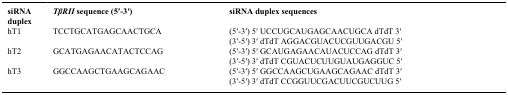
<table><thead><tr><td><b>siRNA duplex</b></td><td><b><i>TβRII</i> sequence (5′-3′)</b></td><td><b>siRNA duplex sequences</b></td></tr></thead><tbody><tr><td>hT1</td><td>TCCTGCATGAGCAACTGCA</td><td>(5′-3′) 5′ UCCUGCAUGAGCAACUGCA dTdT 3′</td></tr><tr><td> </td><td> </td><td>(3′-5′) 3′ dTdT AGGACGUACUCGUUGACGU 5′</td></tr><tr><td>hT2</td><td>GCATGAGAACATACTCCAG</td><td>(5′-3′) 5′ GCAUGAGAACAUACUCCAG dTdT 3′</td></tr><tr><td> </td><td> </td><td>(3′-5′) 3′ dTdT CGUACUCUUGUAUGAGGUC 5′</td></tr><tr><td>hT3</td><td>GGCCAAGCTGAAGCAGAAC</td><td>(5′-3′) 5′ GGCCAAGCUGAAGCAGAAC dTdT 3′</td></tr><tr><td> </td><td> </td><td>(3′-5′) 3′ dTdT CCGGUUCGACUUCGUCUUG 5′</td></tr></tbody></table>